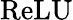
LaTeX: \mathrm{ReLU}